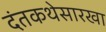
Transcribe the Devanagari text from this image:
दंतकथेसारखा